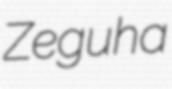
Zeguha